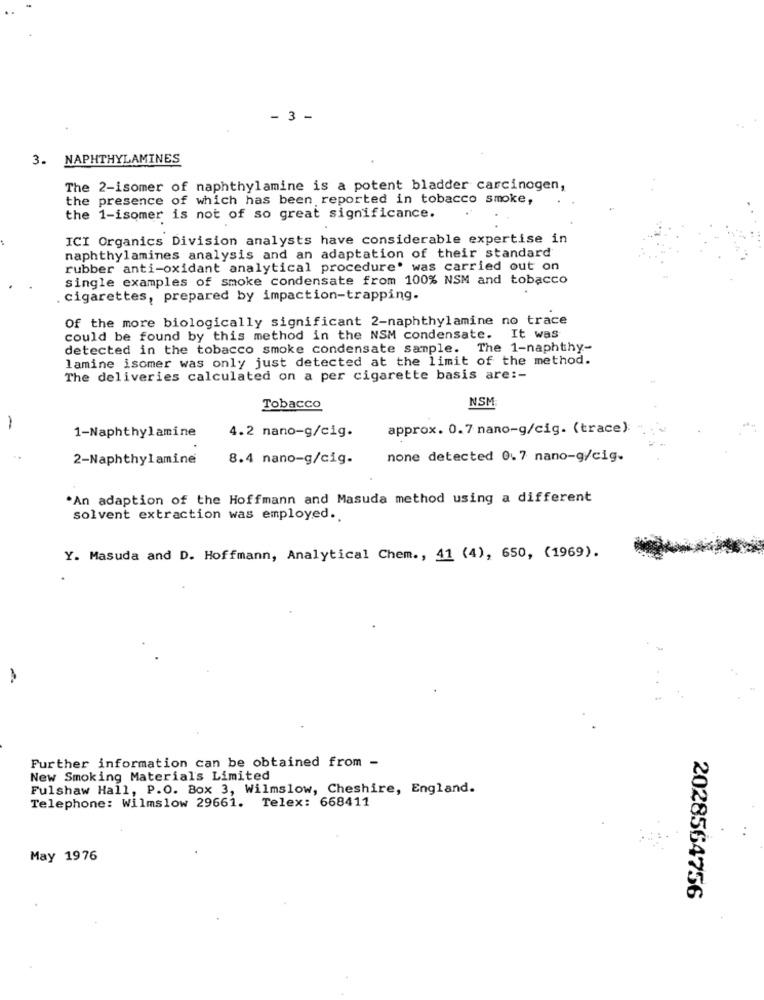
- 3 -
3. NAPHTHYLAMINES
The 2-isomer of naphthylamine is a potent bladder carcinogen,
the presence of which has been reported in tobacco smoke,
the 1-isomer is not of so great significance.
ICI Organics Division analysts have considerable expertise in
naphthylamines analysis and an adaptation of their standard
rubber anti-oxidant analytical procedure. was carried out on
single examples of smoke condensate from 100% NSM and tobacco
.cigarettes, prepared by impaction-trapping.
Of the more biologically significant 2-naphthylamine no trace
could be found by this method in the NSM condensate. It was
detected in the tobacco smoke condensate sample. The 1-naphthy-
lamine isomer was only just detected at the limit of the method.
The deliveries calculated on a per cigarette basis are :-
Tobacco
NSM
1-Naphthylamine
approx. 0.7 nano-g/cig. (trace):
4.2 nano-g/cig.
2-Naphthylamine
8.4 nano-g/cig.
none detected 0.7 nano-g/cig.
*An adaption of the Hoffmann and Masuda method using a different
solvent extraction was employed.
Y. Masuda and D. Hoffmann, Analytical Chem ., 41 (4), 650, (1969).
Further information can be obtained from -
New Smoking Material's Limited
Fulshaw Hall, P.O. Box 3, Wilmslow, Cheshire, England.
Telephone: Wilmslow 29661. Telex: 668411
May 1976
2028564756